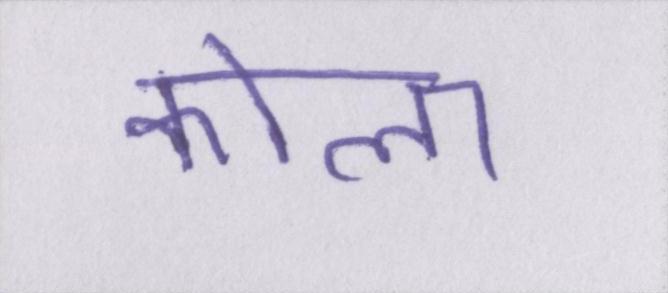
कोला